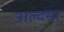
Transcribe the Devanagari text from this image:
अल्दमा